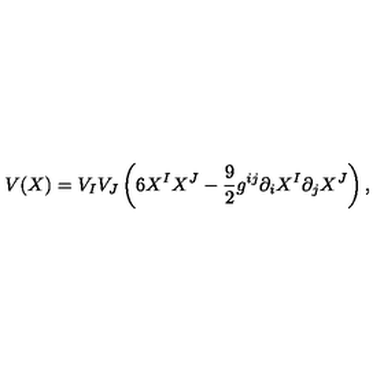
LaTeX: V ( X ) = V _ { I } V _ { J } \left( 6 X ^ { I } X ^ { J } - { \frac { 9 } { 2 } } { g } ^ { i j } \partial _ { i } X ^ { I } \partial _ { j } X ^ { J } \right) ,